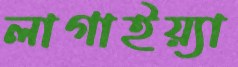
লাগাইয়্যা